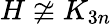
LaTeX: H\not\cong K_{3n}